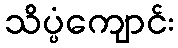
သိပ္ပံကျောင်း